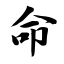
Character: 命